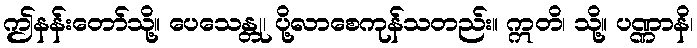
ဤနန်းတော်သို့။ ပေသေန္တု၊ ပို့လာစေကုန်သတည်း။ ဣတိ၊ သို့။ ပဏ္ဏာနိ၊